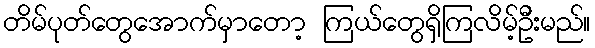
တိမ်ပုတ်တွေအောက်မှာတော့ ကြယ်တွေရှိကြလိမ့်ဦးမည်။